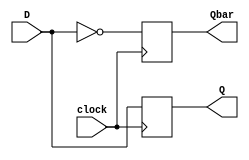
/*
 The	keyword	negedge	
means	at	the	nega>ve	going	
edge	of	the	specified	signal.	
 Similarly,	we	can	use	
posedge.	
 We	can	combine	various	
triggering	condi>ons	by	
separa>ng	them	by	commas	
or	or.	
*/
// A sequential logic example
module dff_negedge (D, clock, Q, Qbar);
    input D, clock;
    output reg Q, Qbar;
    always @(negedge clock)
    begin
        Q = D;
        Qbar = ~D;
    end
endmodule